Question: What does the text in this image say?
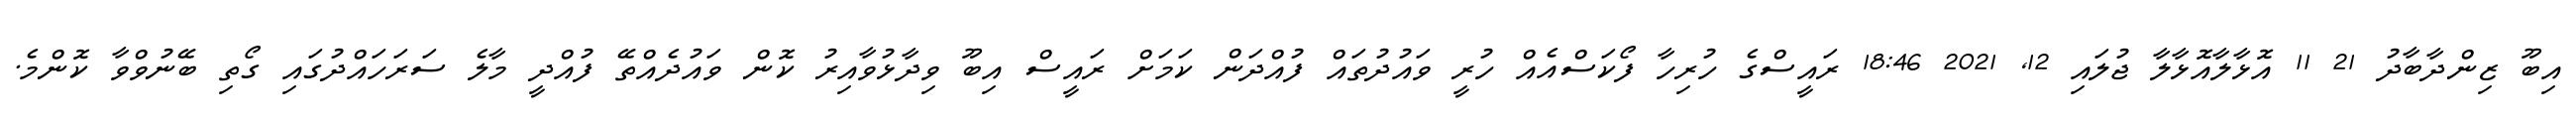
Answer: އިބޫ ޒިންދާބާދު 21 11 އޮޅާލާއޮޅާލާ ޖުލައި 12, 2021 18:46 ރައީސްގެ ހުރިހާ ފޯކަސްއެއް ހުރީ ވައުދުތައް ފުއްދަން ކަމަށް ރައީސް އިބޫ ވިދާޅުވާއިރު ކޮން ވައުދެއްތޭ ފުއްދީ މާލެ ސަރަހައްދުގައި ގޯތި ބޭނުވްވާ ކޮންމެ.